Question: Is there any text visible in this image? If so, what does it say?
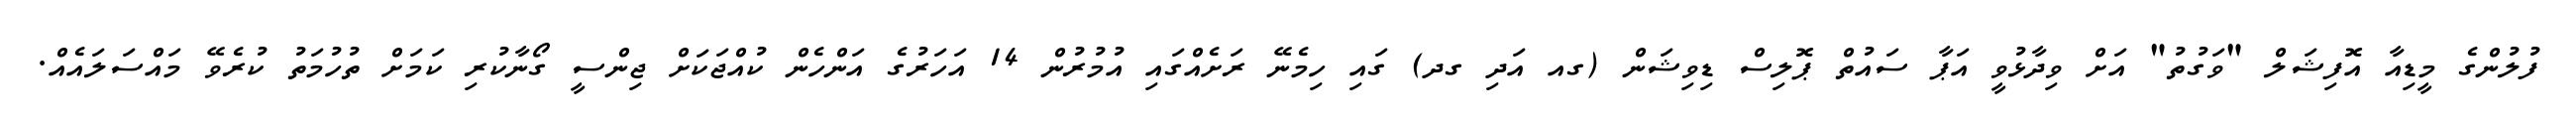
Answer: ފުލުންގެ މީޑިއާ އޮފިޝަލް "ވަގުތު" އަށް ވިދާޅުވީ އަޕާ ސައުތް ޕޮލިސް ޑިވިޝަން (ގއ އަދި ގދ) ގައި ހިމެނޭ ރަށެއްގައި އުމުރުން 14 އަހަރުގެ އަންހެން ކުއްޖަކަށް ޖިންސީ ގޯނާކުރި ކަމަށް ތުހުމަތު ކުރެވޭ މައްސަލައެއް.